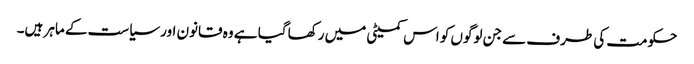
حکومت کی طرف سے جن لوگوں کو اس کمیٹی میں رکھا گیا ہے وہ قانون اور سیاست کے ماہر ہیں۔